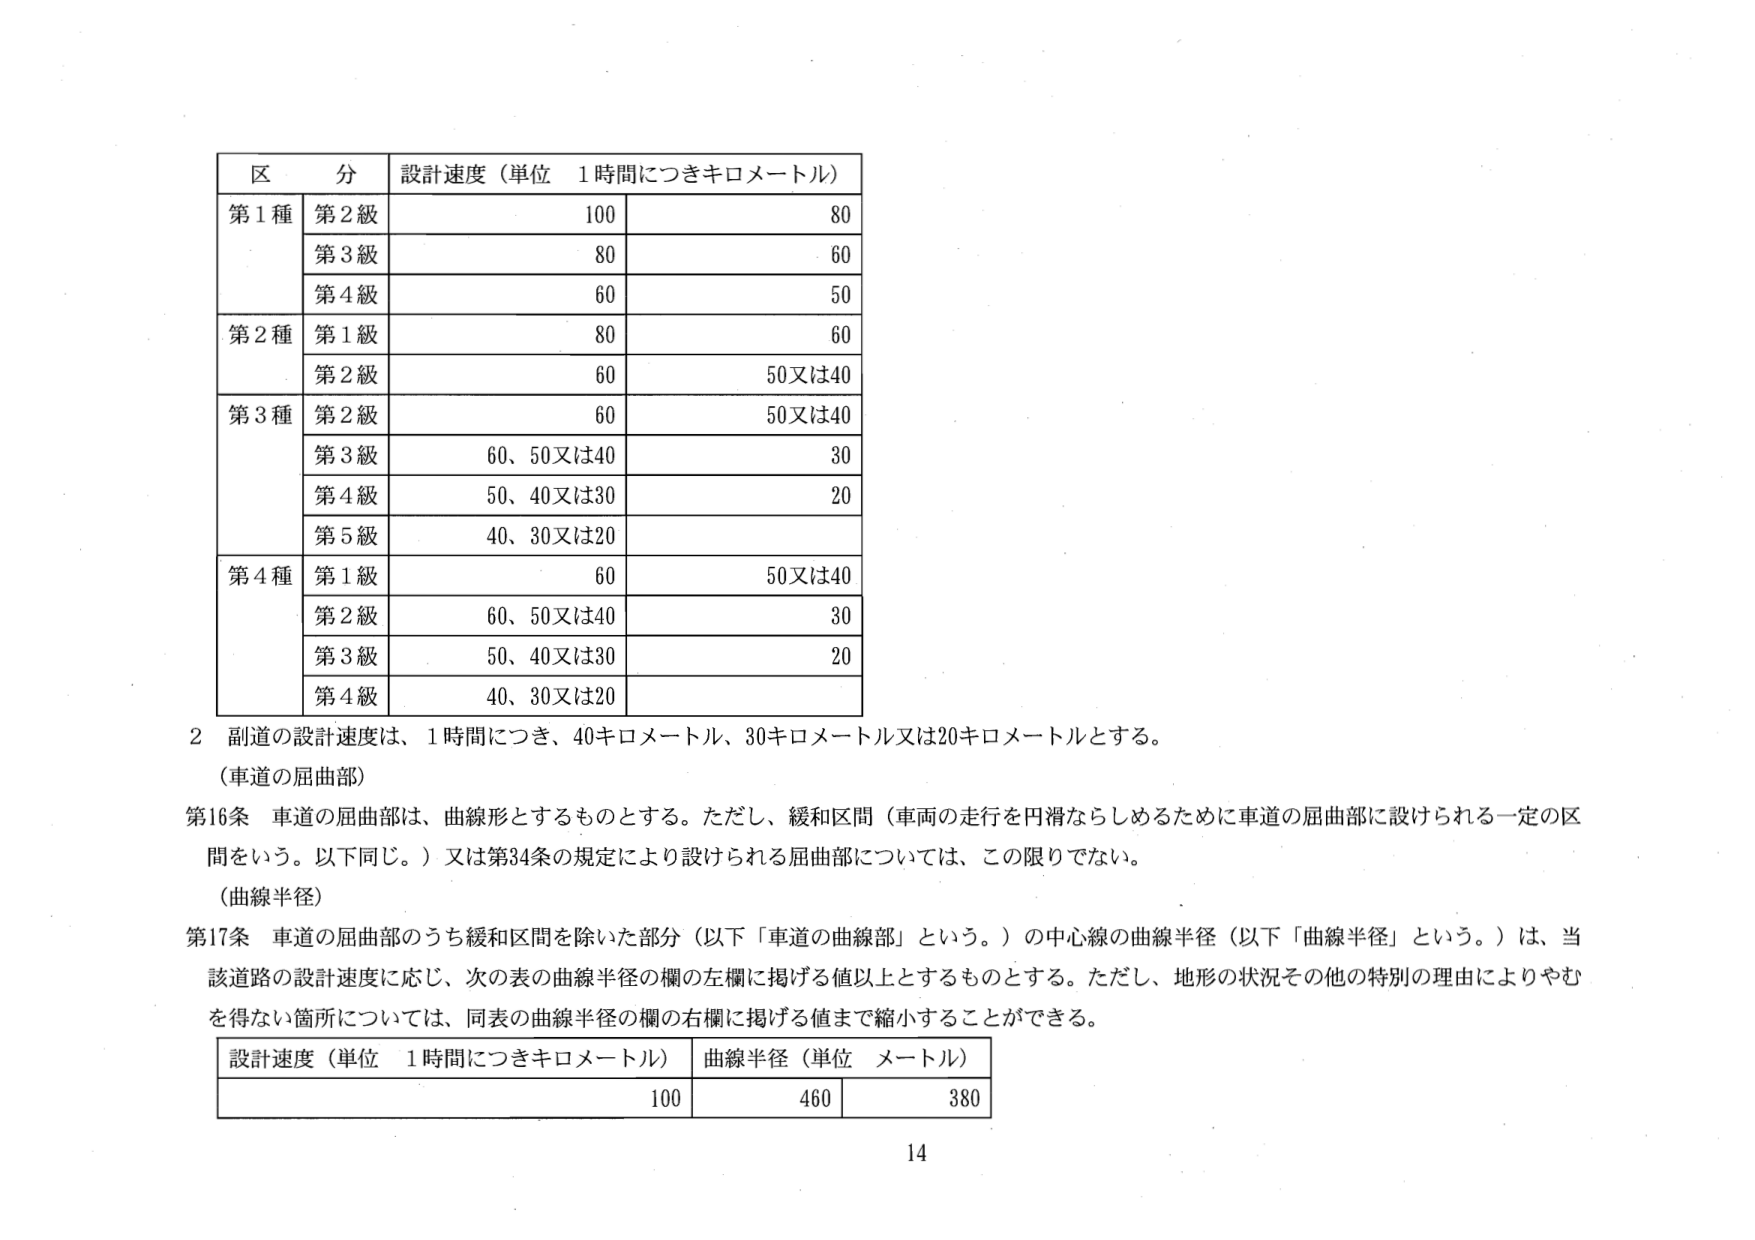
区 分 設計速度（単位 1時間につきキロメートル）
第1種 第2級 100 80
第3級 80 60
第4級 60 50
第2種 第1級 80 60
第2級 60 50又は40
第3種 第2級 60 50又は40
第3級 60、50又は40 30
第4級 50、40又は30 20
第5級 40、30又は20
第4種 第1級 60 50又は40
第2級 60、50又は40 30
第3級 50、40又は30 20
第4級 40、30又は20
2 副道の設計速度は、1時間につき、40キロメートル、30キロメートル又は20キロメートルとする。
（車道の屈曲部）
第16条 車道の屈曲部は、曲線形とするものとする。ただし、緩和区間（車両の走行を円滑ならしめるために車道の屈曲部に設けられる一定の区間をいう。以下同じ。）又は第34条の規定により設けられる屈曲部については、この限りでない。
（曲線半径）
第17条 車道の屈曲部のうち緩和区間を除いた部分（以下「車道の曲線部」という。）の中心線の曲線半径（以下「曲線半径」という。）は、当該道路の設計速度に応じ、次の表の曲線半径の欄の左欄に掲げる値以上とするものとする。ただし、地形の状況その他の特別の理由によりやむを得ない箇所については、同表の曲線半径の欄の右欄に掲げる値まで縮小することができる。
設計速度（単位 1時間につきキロメートル） 曲線半径（単位 メートル）
100 460 380
14